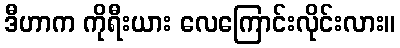
ဒီဟာက ကိုရီးယား လေကြောင်းလိုင်းလား။